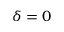
\delta = 0